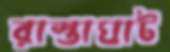
রাস্তাঘাট